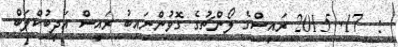
:  17